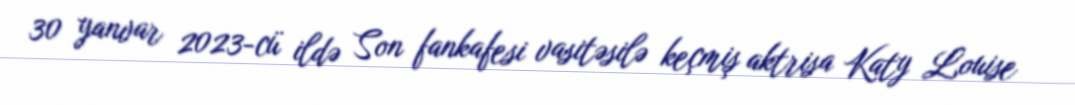
30 yanvar 2023-cü ildə Son fankafesi vasitəsilə keçmiş aktrisa Katy Louise